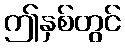
ဤနှစ်တွင်